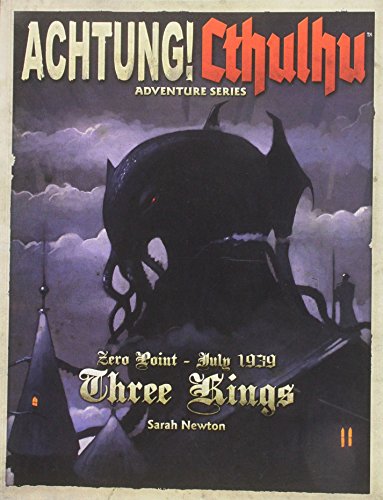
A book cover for Achtung! Cthulhu Zero Point Three Kings 1939; Sarah Newton; Science Fiction & Fantasy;